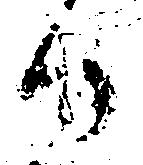
日